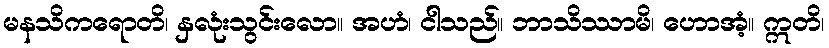
မနသိကရောတိ၊ နှလုံးသွင်းလော။ အဟံ၊ ငါသည်။ ဘာသိဿာမိ၊ ဟောအံ့။ ဣတိ၊